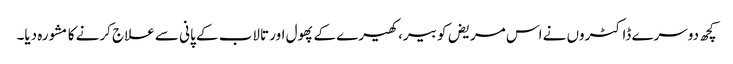
کچھ دوسرے ڈاکٹروں‌ نے اس مریض کو بیر، کھیرے کے پھول اور تالاب کے پانی سے علاج کرنے کا مشورہ دیا۔